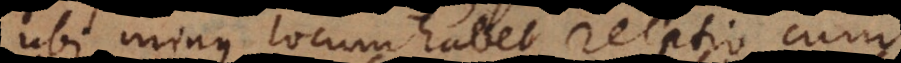
ubi minus locum habet relatio c